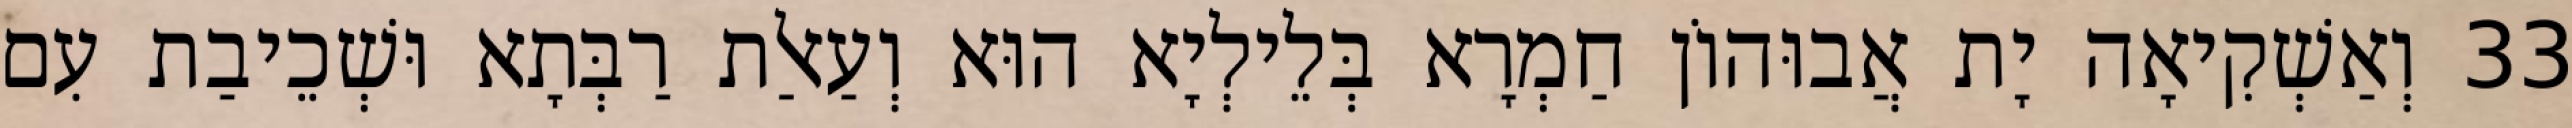
33 וְאַשְׁקִיאָה יָת אֲבוּהוֹן חַמְרָא בְּלֵילְיָא הוּא וְעַאלַת רַבְּתָא וּשְׁכֵיבַת עִם